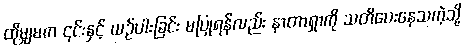
ထိုမျှမက ၎င်းနှင့် ယဉ်ပါးခြင်း မပြုရန်လည်း နာတာရှာကို သတိပေးနေသကဲ့သို့